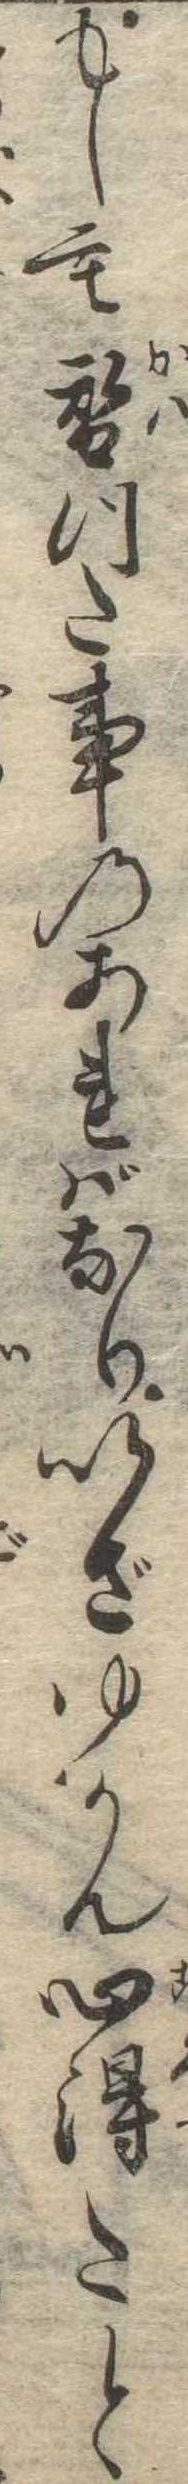
もしも替つた事のあればなりいざゆかん心得たと